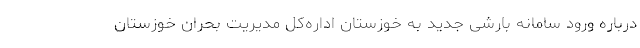
درباره ورود سامانه بارشی جدید به خوزستان اداره‌کل مدیریت بحران خوزستان